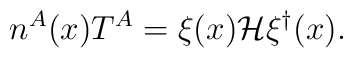
n^A(x) T^A = \xi(x) {\cal H} \xi^\dagger(x) .